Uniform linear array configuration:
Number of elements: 16
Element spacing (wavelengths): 0.75
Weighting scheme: uniform
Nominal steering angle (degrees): -45
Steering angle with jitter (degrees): -45.691
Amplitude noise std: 0.05
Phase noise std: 0.05

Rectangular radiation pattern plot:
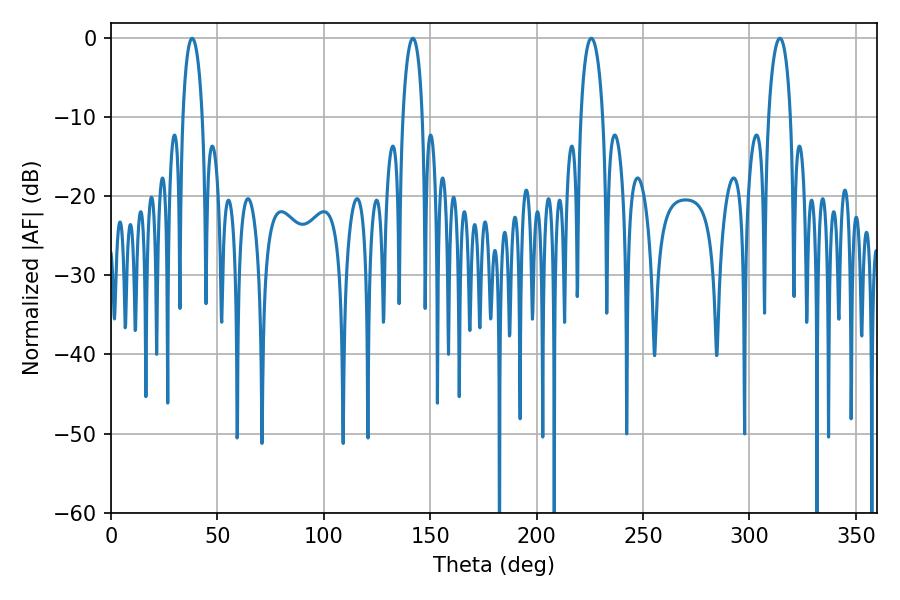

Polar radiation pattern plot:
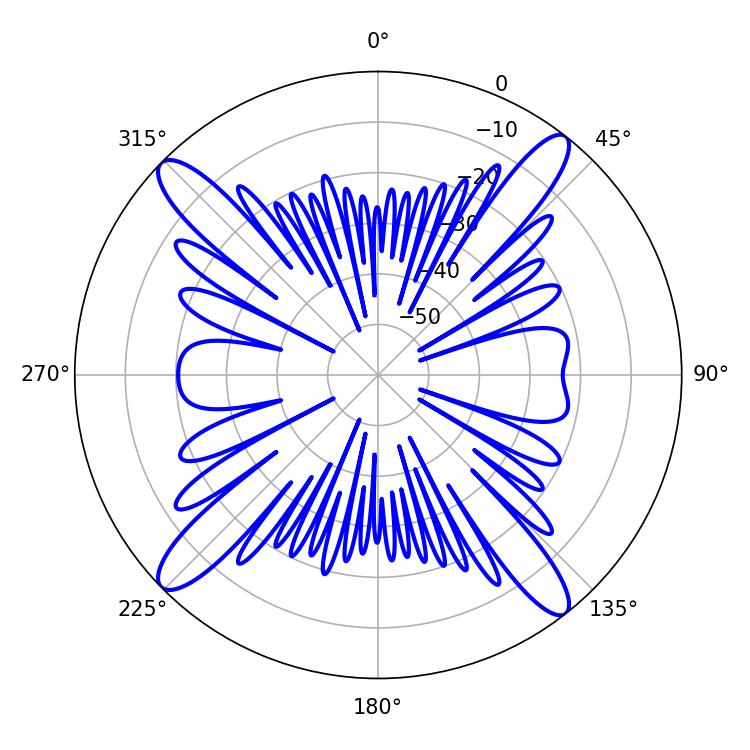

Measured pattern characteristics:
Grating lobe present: TRUE
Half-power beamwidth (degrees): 5.94
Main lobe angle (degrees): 225.72